65_HS1-834228961_62-HQ-83894_Section_2
Agency: FBI
Page 98
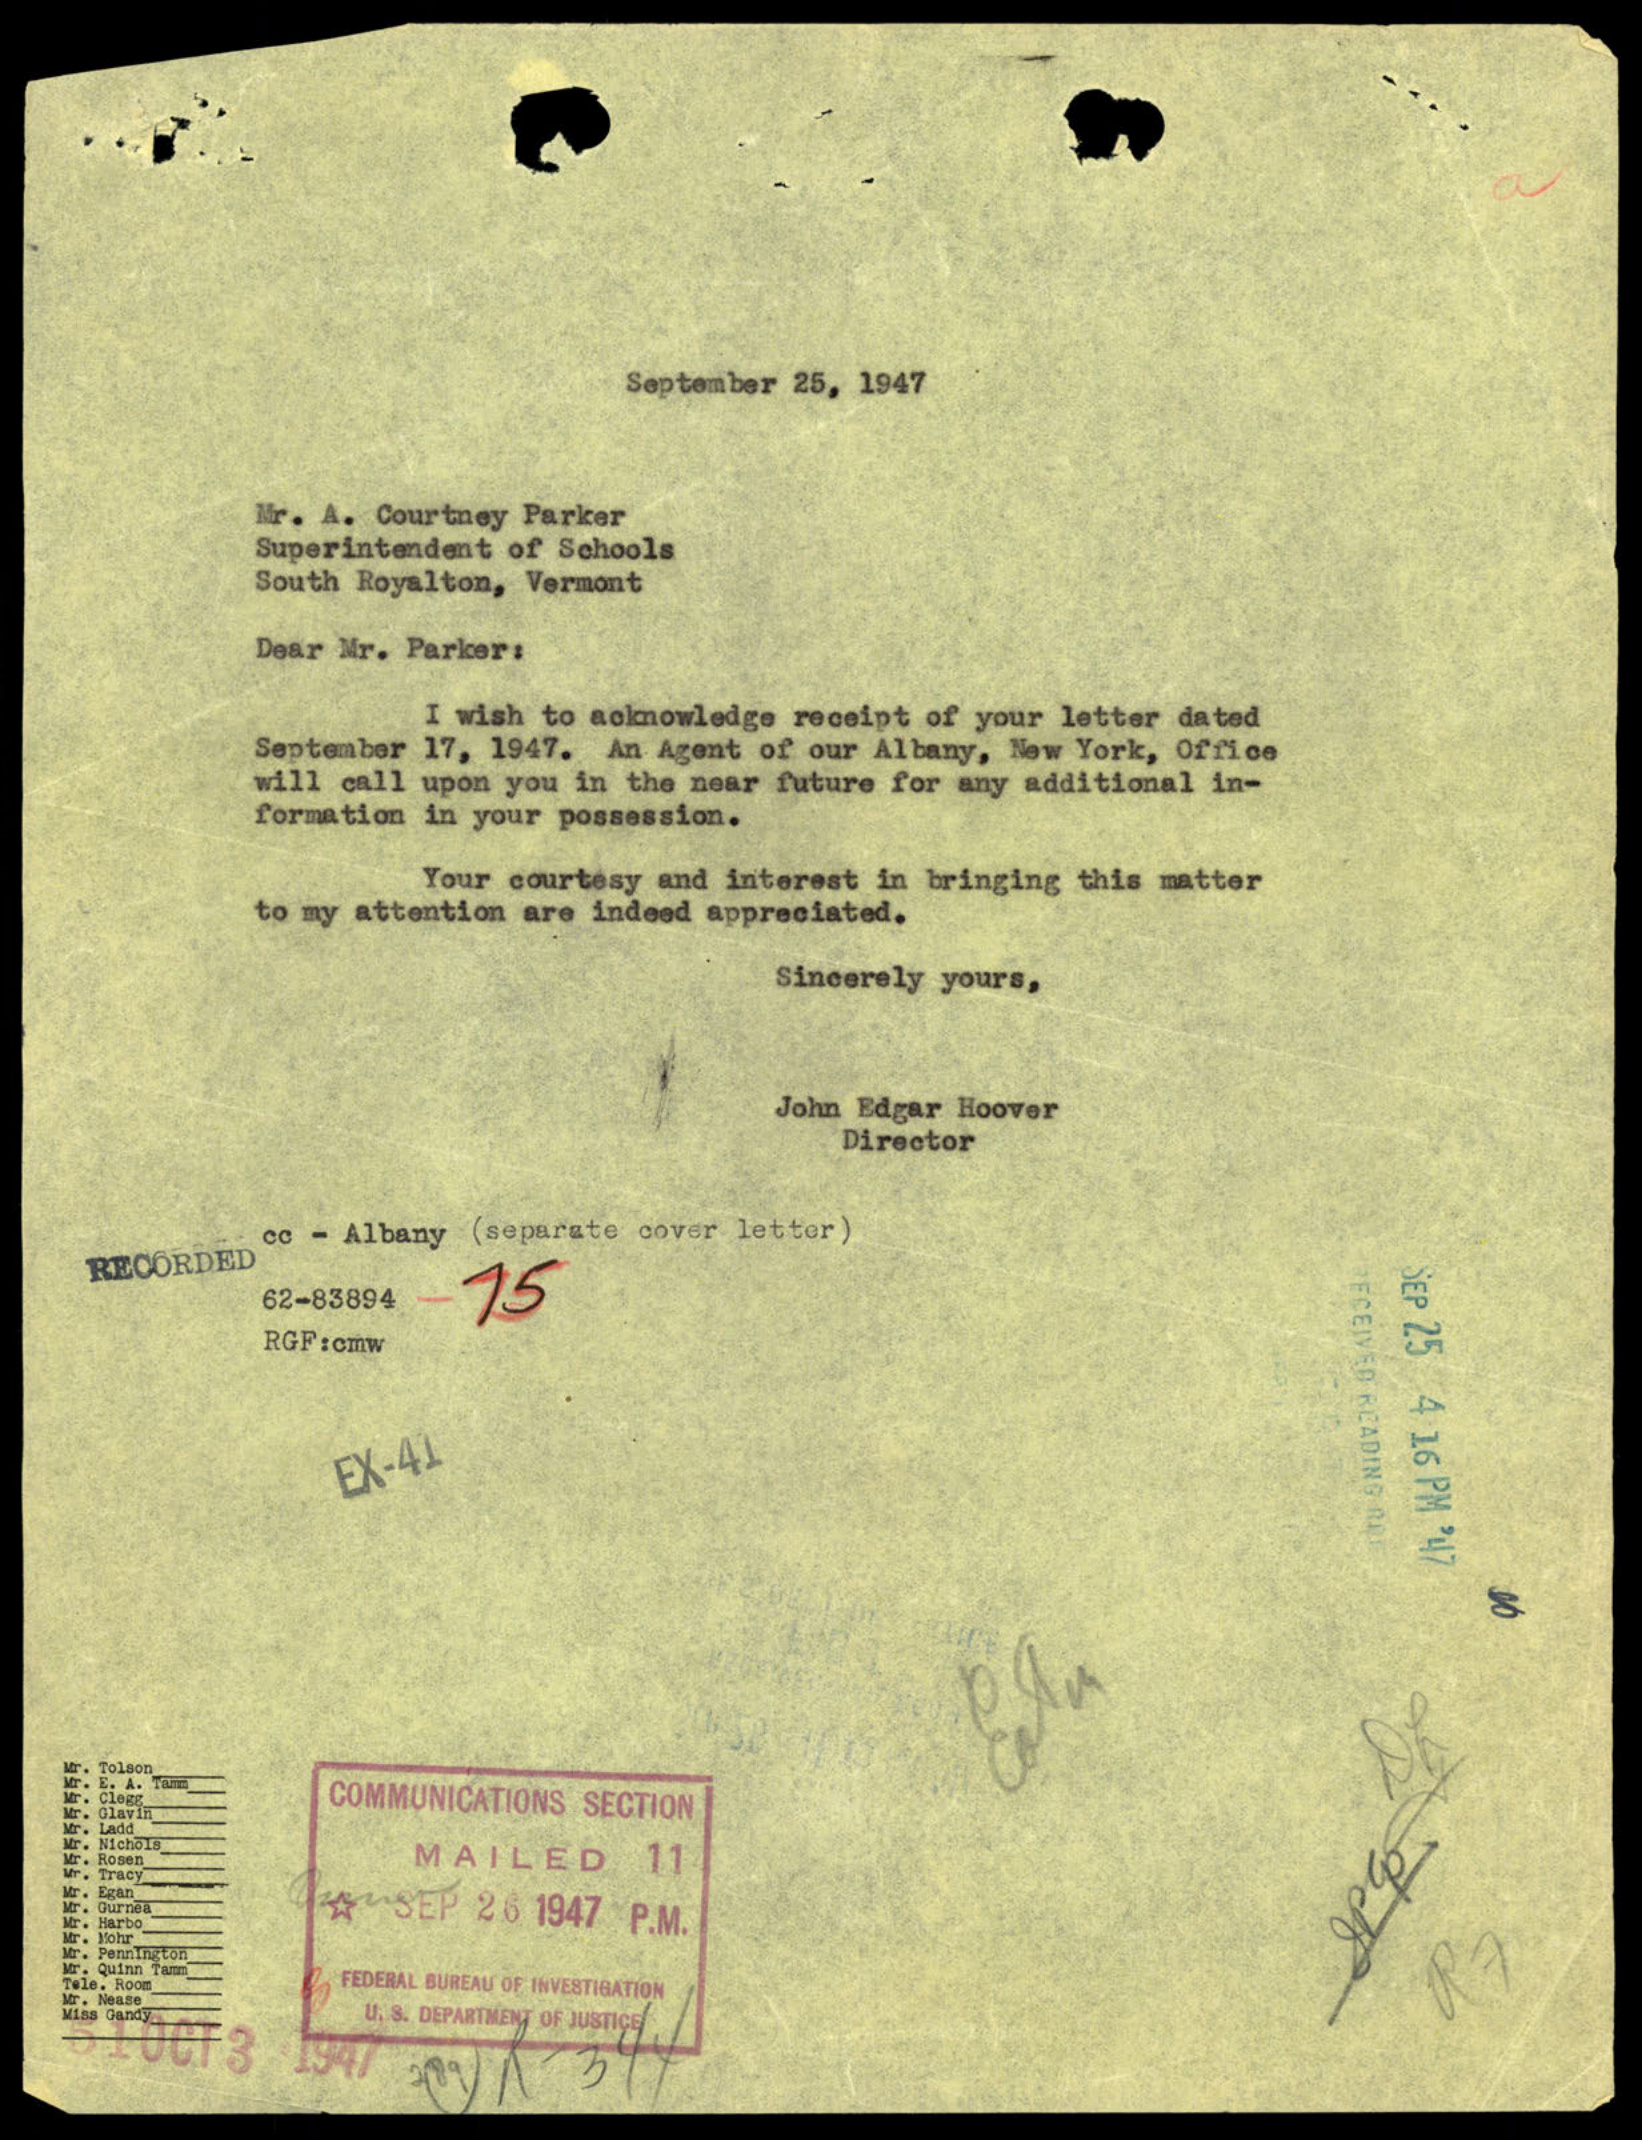